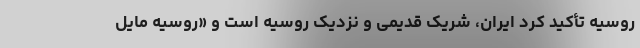
روسیه تأکید کرد ایران، شریک قدیمی و نزدیک روسیه است و «روسیه مایل